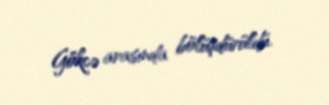
Gökcə arasında bölüşdürüldü.